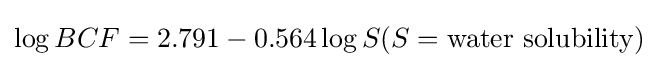
\log BCF=2.791-0.564\log S(S={\text{water solubility}})